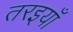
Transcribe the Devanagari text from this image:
तरइयाँ